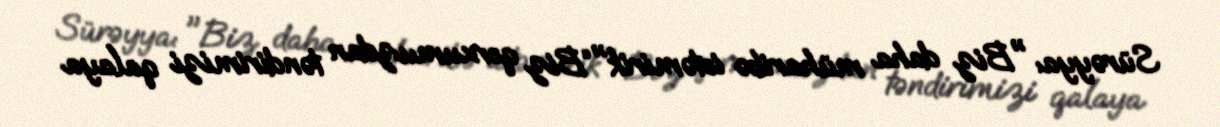
Sürəyya: "Biz daha müharibə istəmirik"“Biz qorxumuzdan təndirimizi qalaya